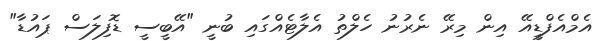
އެމްއެފްޑީއޭ އިން މިރޭ ނެރުނު ހެލްތު އެލާޓެއްގައި ބުނީ "އޭބީސީ ޑޮފިލަސް ޕައުޑާ"